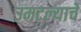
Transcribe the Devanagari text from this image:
उमटल्याचे